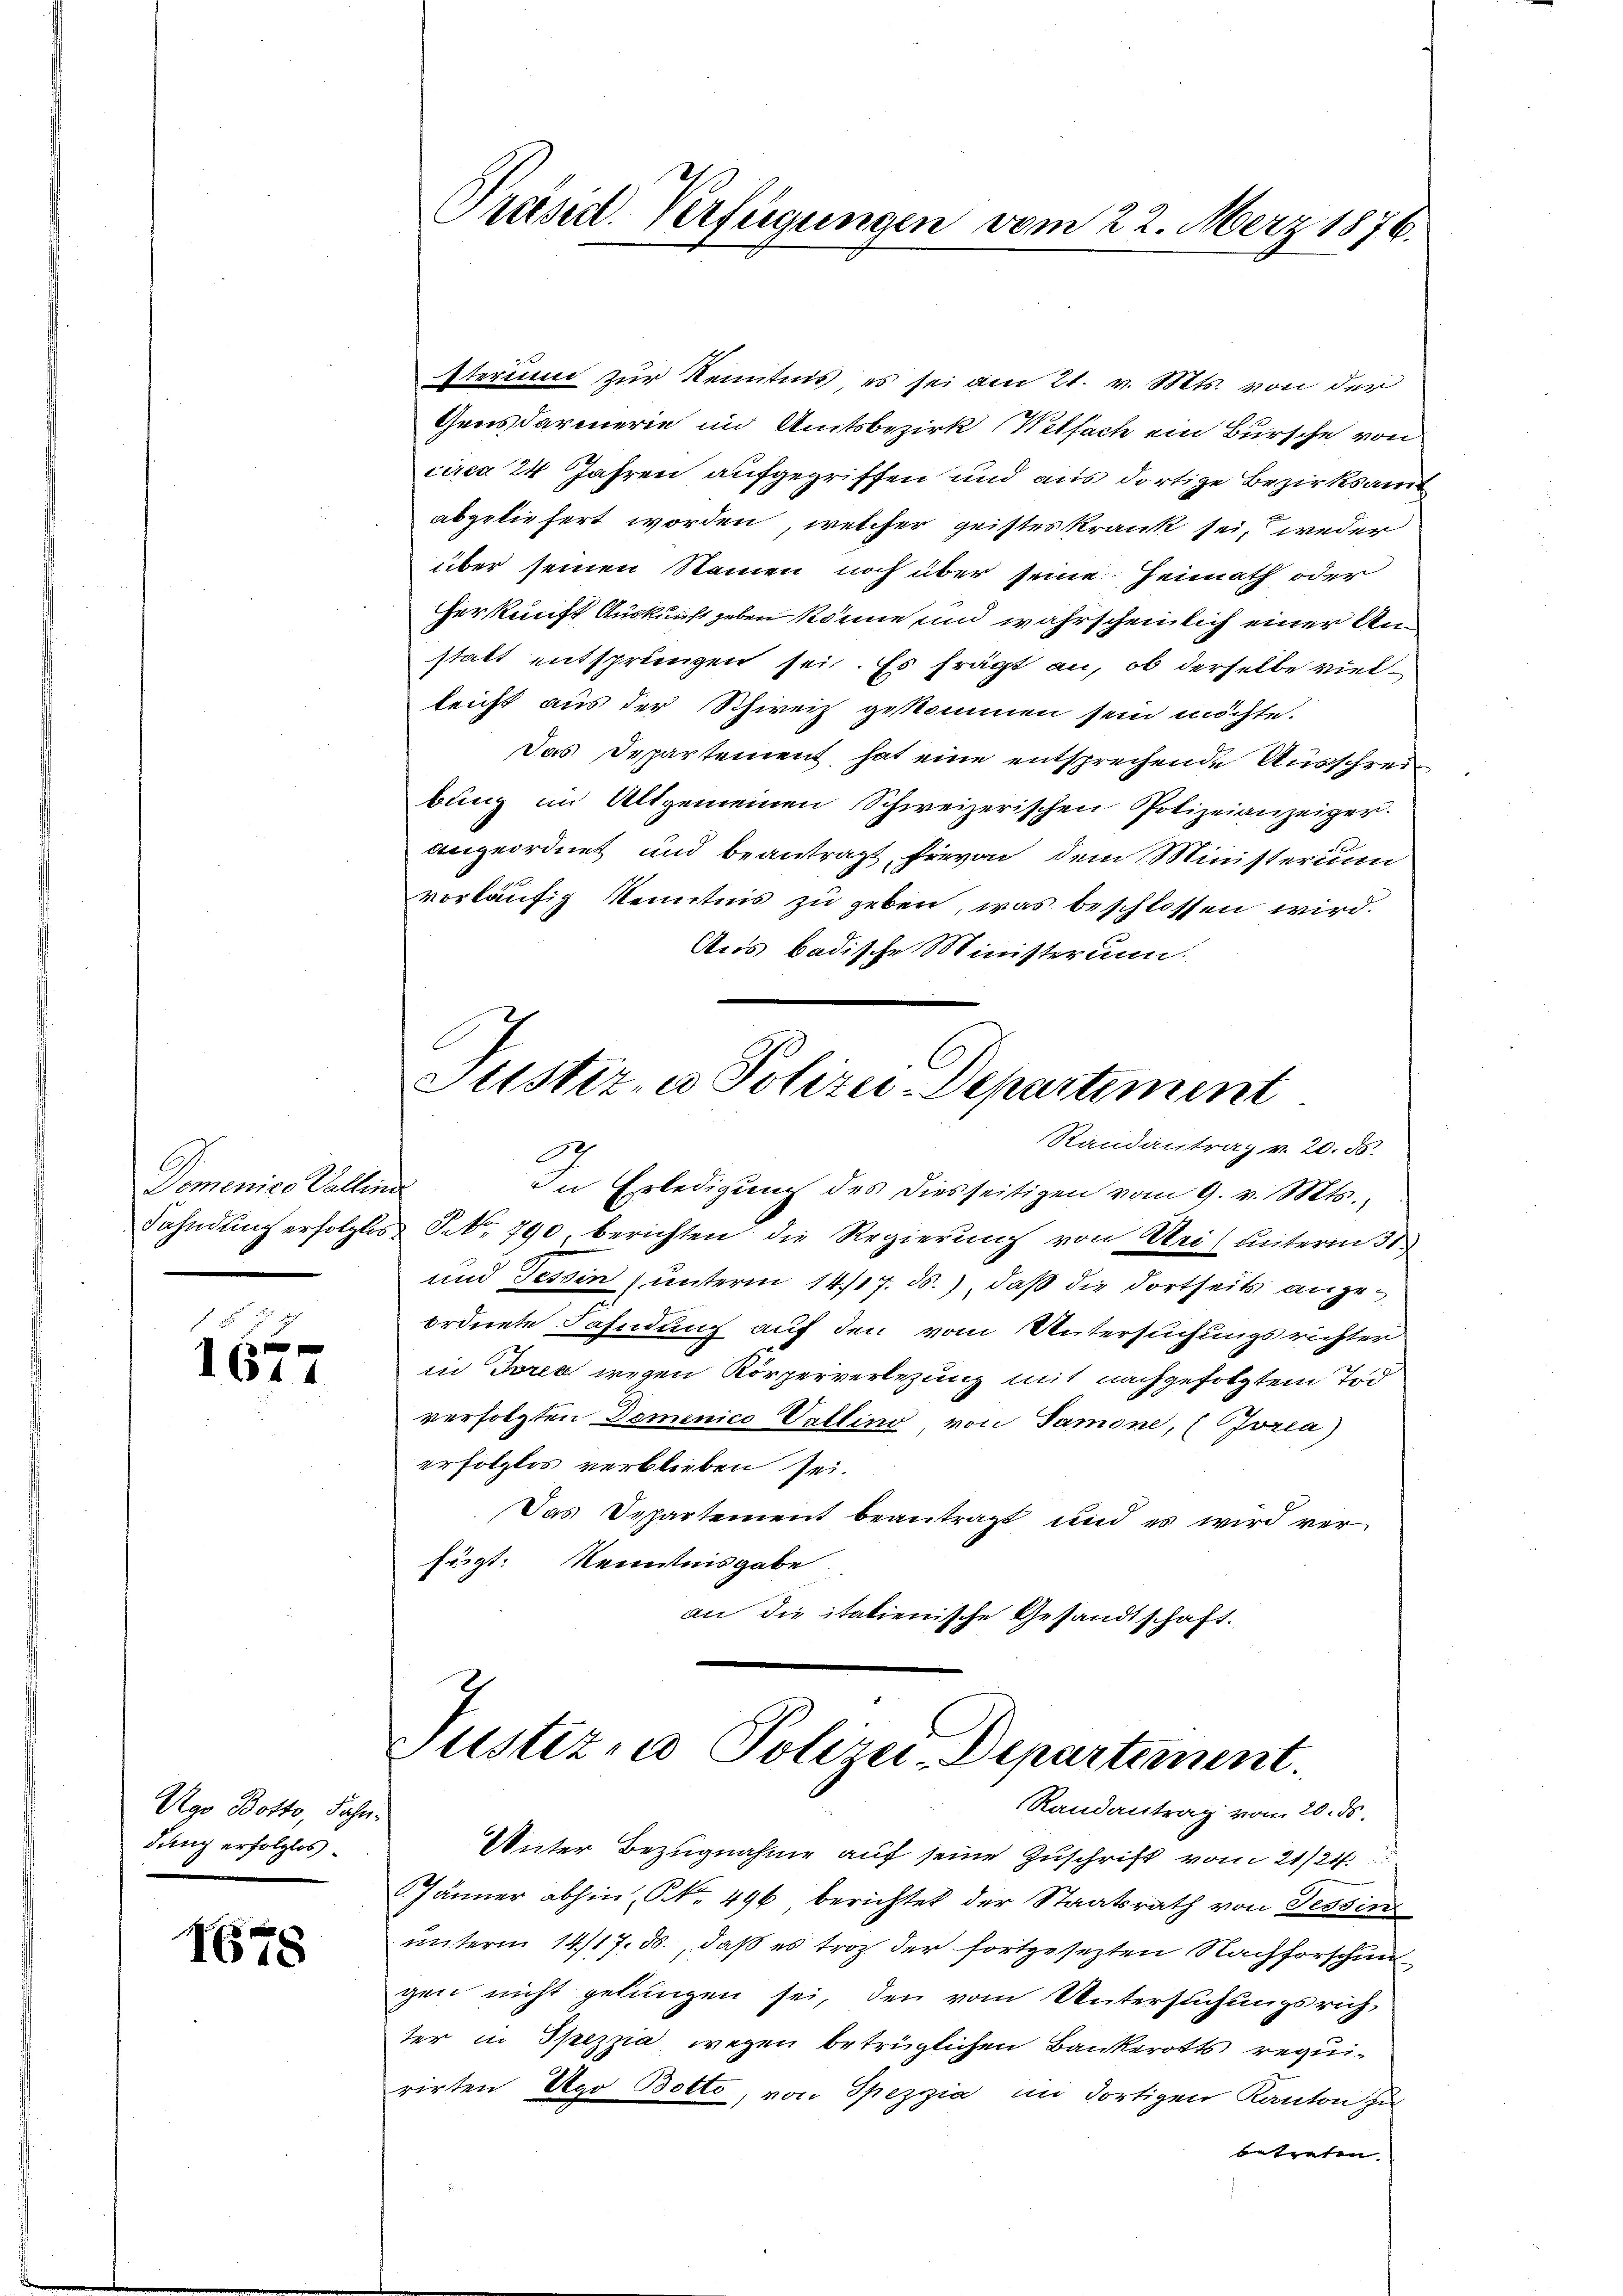
Domenice Kaltende
Fahndung erfolglos.

1611

Vgo Botto, Sahn.
dung erfolglos.

1678

Präsid. Verfügungen vom 22. März 1876.

Eterium zur Kenntnis es sei am 21. v. Mts. von der
Gensdarmerie im Amtsbezirk (Wetfach ein Bursche von
circa 24 Jahren aufgegriffen und aus dortige Bezirksamt
abgeliefert worden, welcher geistes krank sei, weder
über seinen Namen noch über seine Heimath oder
Herkunft Auskunft geben könne und wahrscheinlich einer Unstatt entsprungen sei. Es frägt an, ob derselbe vielleicht aus der Schweiz gekommen sein möchte.
Das Departement hat eine entsprechende Ausschreibung im Altgemeinen Schweizerischen Polizeianzeiger.
vergeordnet und beantragt, hievon dem Ministerium
vorläufig Kenntnis zu geben, was beschlossen wird.
Aus badische Ministerium.
Justiz- u Polizei-Departiment
Randantrag v. 20. 55.
2
in Erledigung des diesseitigen vom 9. v. Mts.,
J No. 790 berichten die Regierung von Nei (unterm 31.
und Tessin, unterm 14/17. ds.), daß die dortseits angeordnete Fahndung auf den vom Untersuchungsrichter
in Toren wegen Körperverlegung mit nachgefolgtem Tod
verfolgten Domenico Pollino von Samone, (Jorea)
erfolglos verblieben sei.
Das Departement beantragt und es wird ver-
fügt: Kenntnisgabe
an die italienische Gesandtschaft.

Justizio Polizei-Departement.
Randantrag vom 20. ds.

Unter Bezugnahme auf seine Zuschrift vom 21/24
Jänner abhin, No. 496 berichtet der Staatsrath von Tessin
unterm 14/17. ds., daß es troz der fortgesetzten Nachforschungen nicht gelungen sei, den vom Untersuchungsrich,
ter in Spezza wegen betrüglichen Bankerotts requirirten Ago Botto, von Spezia in dortigen Kanton zu
betreten.
e